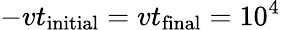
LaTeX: -vt_{\mathrm{initial}}=vt_{\mathrm{final}}=10^{4}